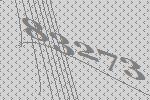
83273